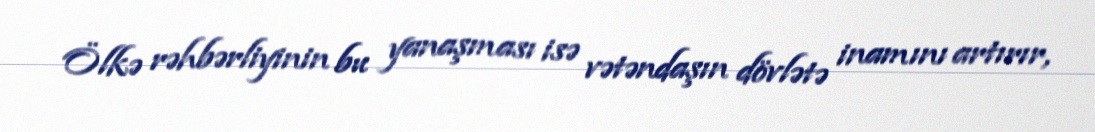
Ölkə rəhbərliyinin bu yanaşması isə vətəndaşın dövlətə inamını artırır,